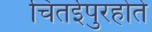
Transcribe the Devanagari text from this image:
चितईपुरहोते